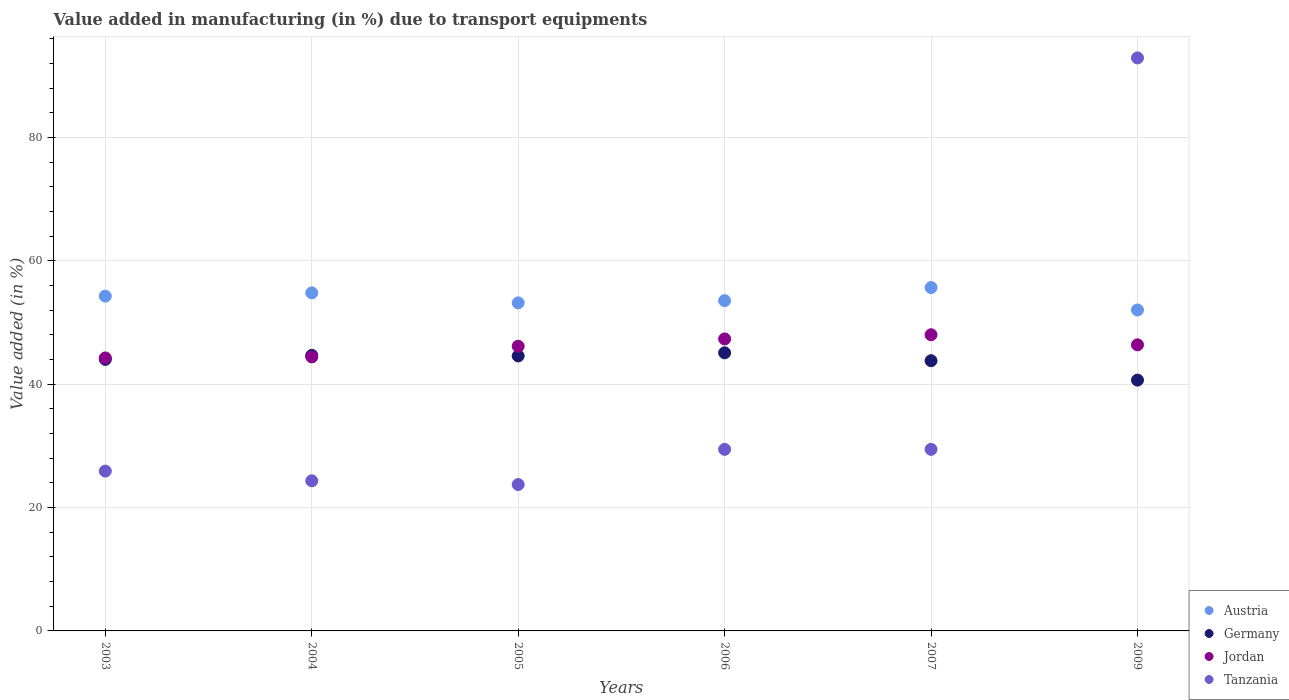
| Years | Austria | Germany | Jordan | Tanzania |
 | --- | --- | --- | --- | --- |
 | 2003 | 54.3 | 44 | 44.3 | 25.9 |
 | 2004 | 54.8 | 44.7 | 44.4 | 24.3 |
 | 2005 | 53.2 | 44.6 | 46.2 | 23.7 |
 | 2006 | 53.6 | 45.1 | 47.4 | 29.4 |
 | 2007 | 55.7 | 43.8 | 48 | 29.4 |
 | 2009 | 52.1 | 40.7 | 46.4 | 92.9 |